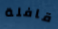
قافلة